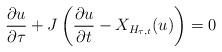
LaTeX: \begin{align*}\frac{\partial u}{\partial \tau}+J\left(\frac{\partial u}{\partial t} - X_{H_{\tau,t}}(u)\right)=0\end{align*}